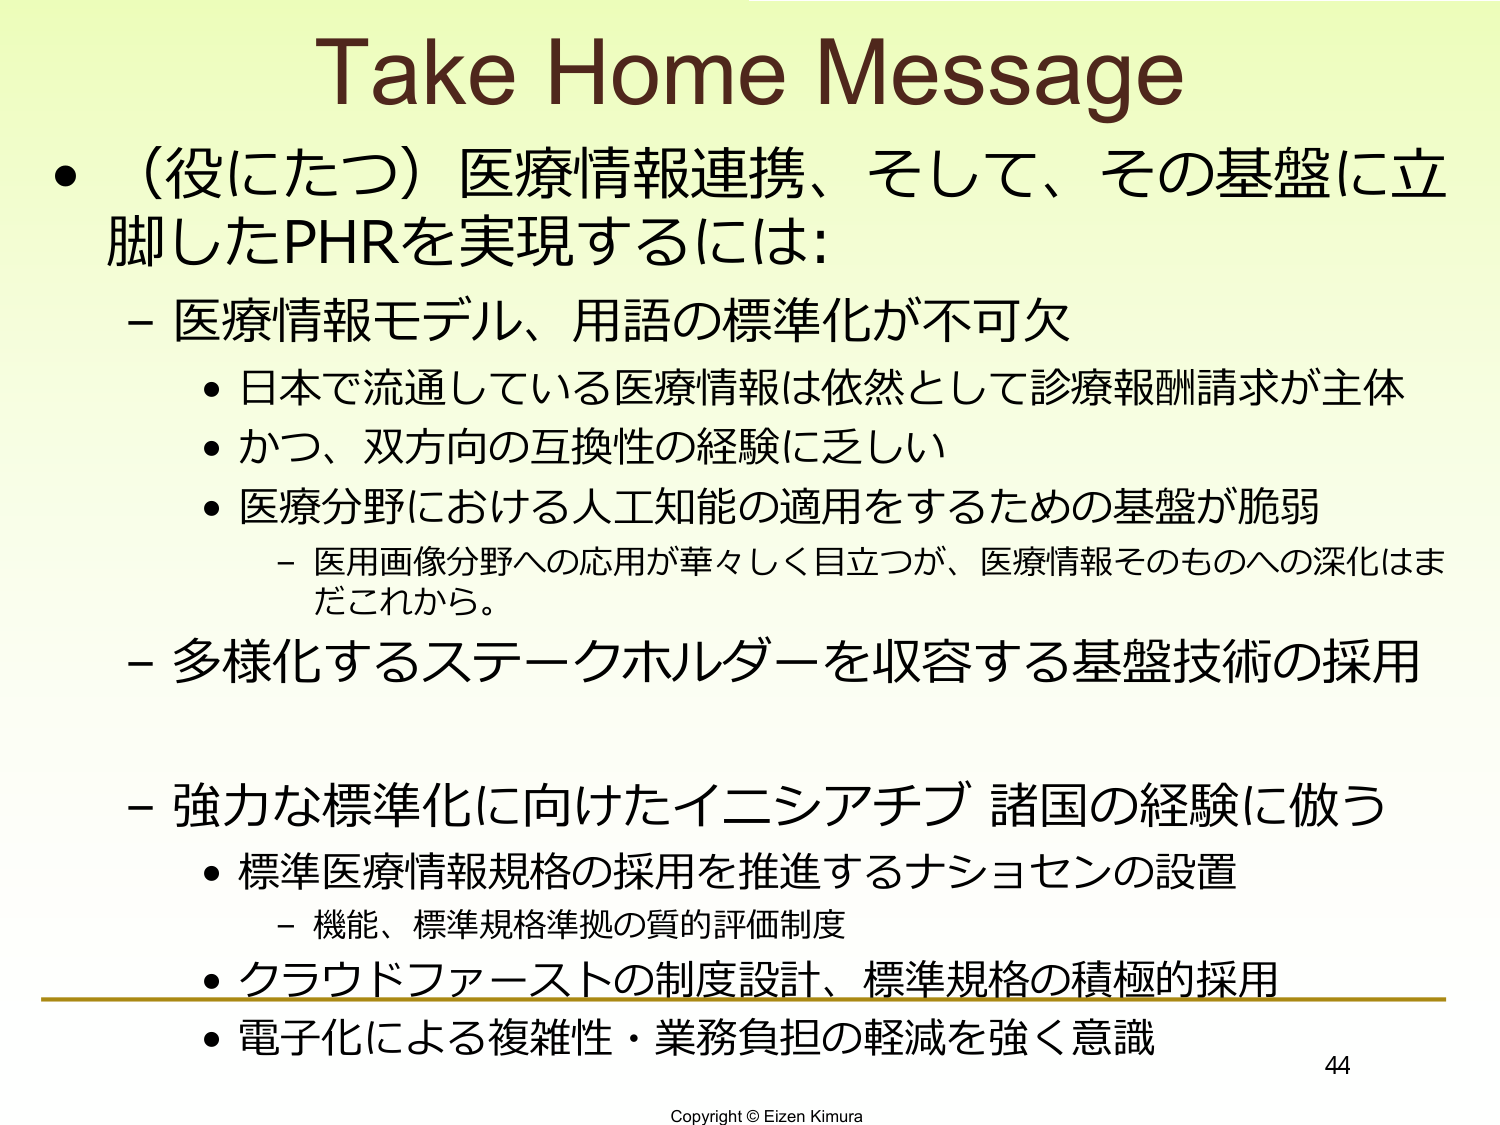
Take Home Message
•（役にたつ）医療情報連携、そして、その基盤に立脚したPHRを実現するには：
－医療情報モデル、用語の標準化が不可欠
　•日本で流通している医療情報は依然として診療報酬請求が主体
　•かつ、双方向の互換性の経験に乏しい
　•医療分野における人工知能の適用をするための基盤が脆弱
　　－医用画像分野への応用が華々しく目立つが、医療情報そのものへの深化はまだこれから。
－多様化するステークホルダーを収容する基盤技術の採用
－強力な標準化に向けたイニシアチブ 諸国の経験に倣う
　•標準医療情報規格の採用を推進するナショセンの設置
　　－機能、標準規格準拠の質的評価制度
　•クラウドファーストの制度設計、標準規格の積極的採用
　•電子化による複雑性・業務負担の軽減を強く意識
44
Copyright © Eizen Kimura